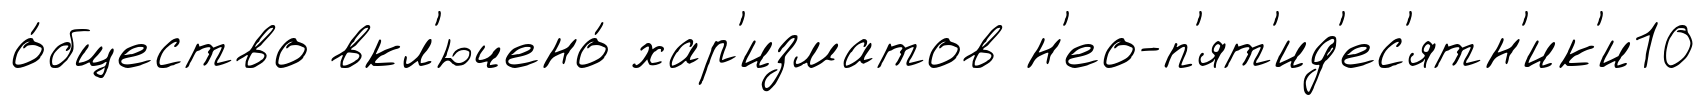
о́бщество вкл'ючено́ хар'изматов н'ео-п'ят'ид'ес'ятн'ик'и10